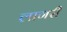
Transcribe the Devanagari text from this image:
लागरी